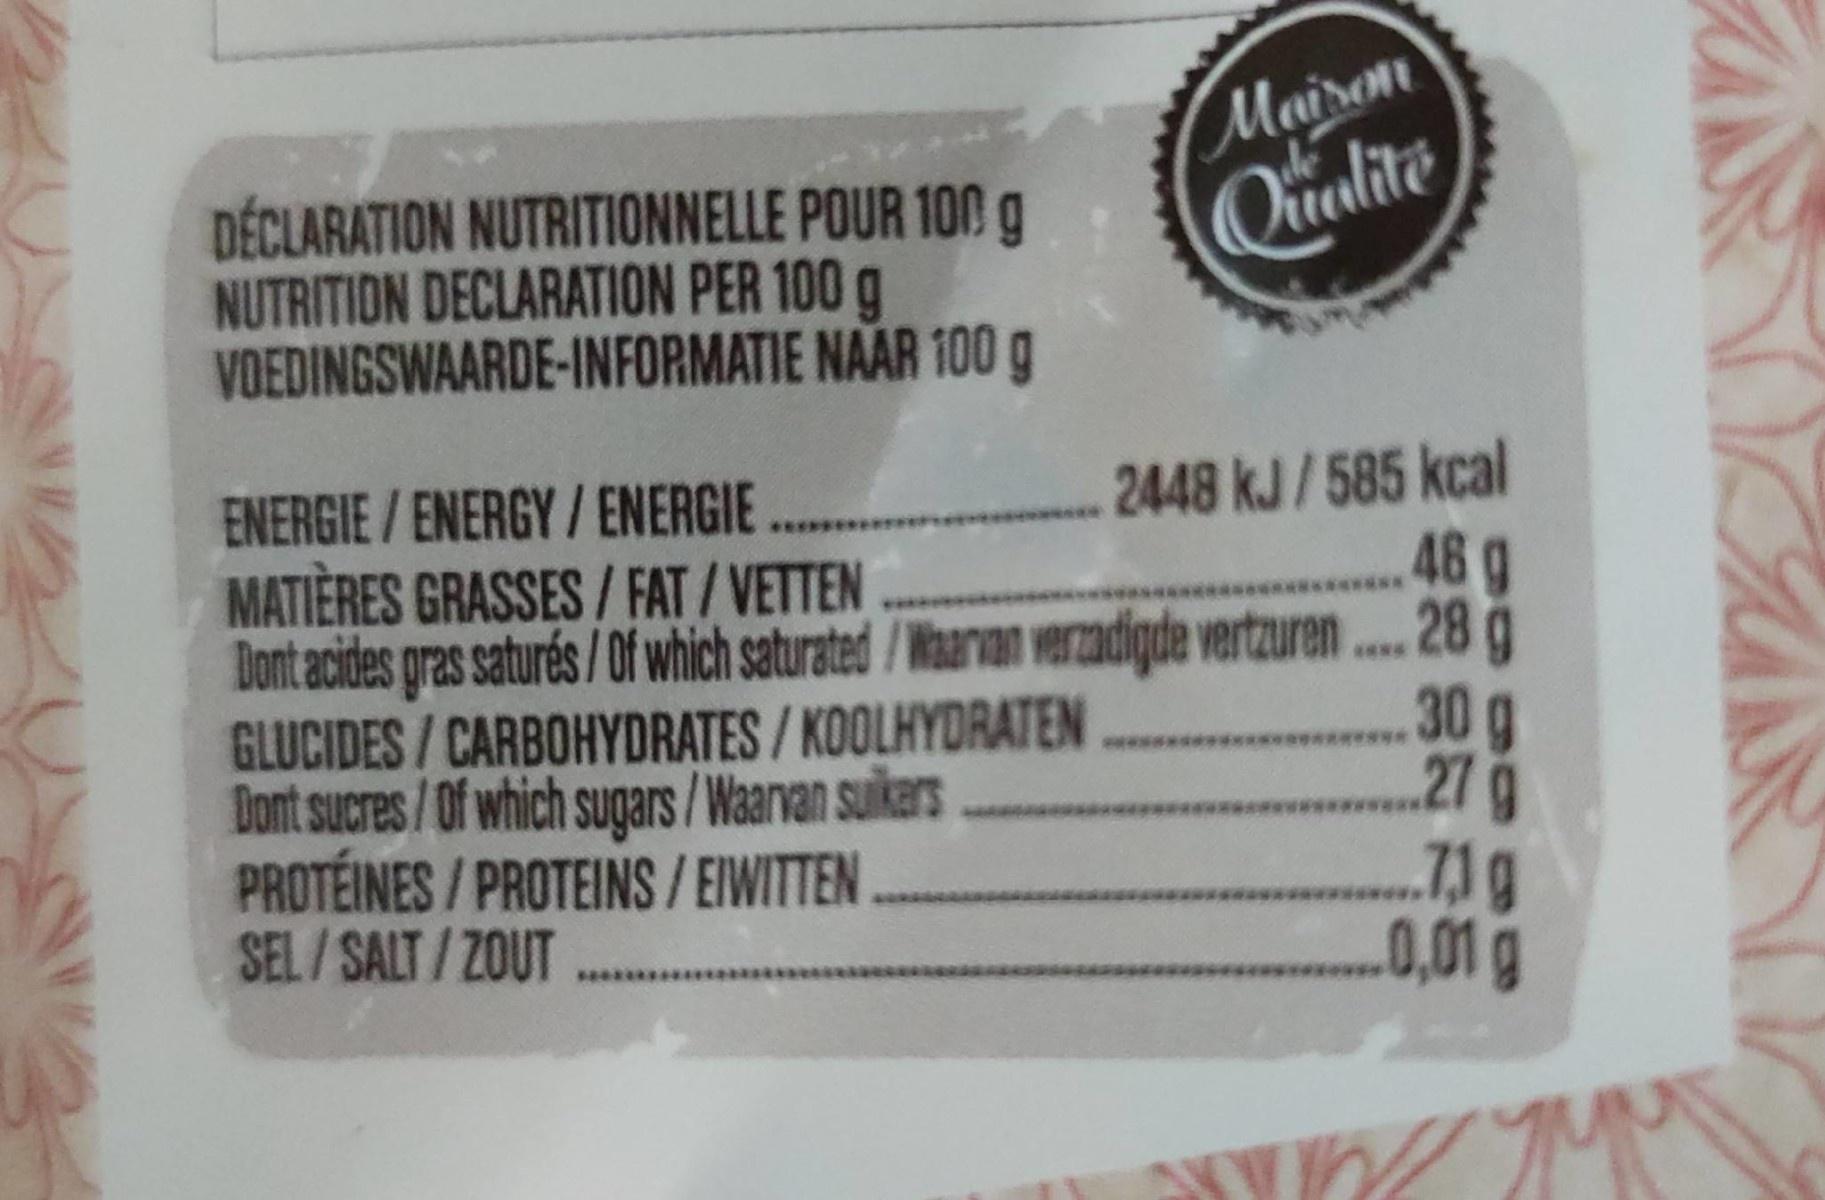
DÉCLARATION NUTRITIONNELLE POUR 100 g NUTRITION DECLARATION PER 100 g VOEDINGSWAARDE-INFORMATIE NAAR 100 g
Mairon Qualite
ENERGIE / ENERGY / ENERGIE MATIÈRES GRASSES/ FAT/VETTEN Dont acides gras saturés / Of which saturated /Waarvan verzadigde vertzuren . 28 ğ GLUCIDES/CARBOHYDRATES/ KOOLHYDRATEN Dont sucres/Of which sugars /Waarvan suikars PROTÉINES / PROTEINS / EIWITTEN SEL/SALT/ZOUT
2448 kJ/585 kcal
48g
30 g 27g
0,01g